Vaccination in Bombay 1874-1876 - 1874-1876
Year: 1874
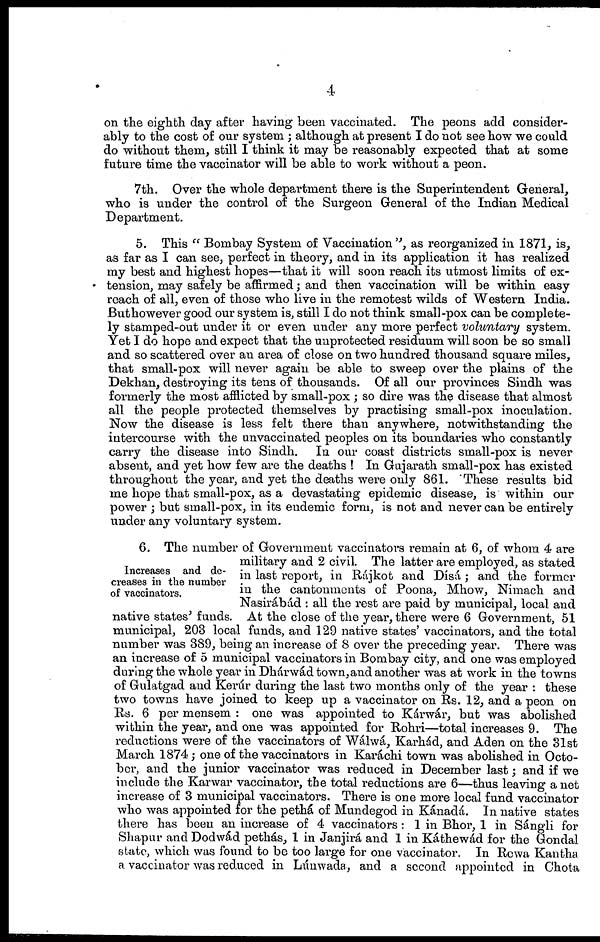
4
on the eighth day after having been vaccinated. The peons add consider-
ably to the cost of our system ; although at present I do not see how we could
do without them, still I think it may be reasonably expected that at some
future time the vaccinator will be able to work without a peon.
7th. Over the whole department there is the Superintendent General,
who is under the control of the Surgeon General of the Indian Medical
Department.
5. This " Bombay System of Vaccination ", as reorganized in 1871, is,
as far as I can see, perfect in theory, and in its application it has realized
my best and highest hopes—that it will soon reach its utmost limits of ex-
tension, may safely be affirmed; and then vaccination will be within easy
reach of all, even of those who live in the remotest wilds of Western India.
Buthowever good our system is, still I do not think small-pox can be complete-
ly stamped-out under it or even under any more perfect voluntary system.
Yet I do hope and expect that the unprotected residuum will soon be so small
and so scattered over an area of close on two hundred thousand square miles,
that small-pox will never again be able to sweep over the plains of the
Dekhan, destroying its tens of thousands. Of all our provinces Sindh was
formerly the most afflicted by small-pox ; so dire was the disease that almost
all the people protected themselves by practising small-pox inoculation.
Now the disease is less felt there than anywhere, notwithstanding the
intercourse with the unvaccinated peoples on its boundaries who constantly
carry the disease into Sindh. In our coast districts small-pox is never
absent, and yet how few are the deaths ! In Gujarath small-pox has existed
throughout the year, and yet the deaths were only 861. These results bid
me hope that small-pox, as a devastating epidemic disease, is within our
power ; but small-pox, in its endemic form, is not and never can be entirely
under any voluntary system.
Increases and de-
creases in the number
of vaccinators.
6. The number of Government vaccinators remain at 6, of whom 4 are
military and 2 civil. The latter are employed, as stated
in last report, in Rájkot and Dísá; and the former
in the cantonments of Poona, Mhow, Nimach and
Nasirábád : all the rest are paid by municipal, local and
native states' funds. At the close of the year, there were 6 Government, 51
municipal, 203 local funds, and 129 native states' vaccinators, and the total
number was 389, being an increase of 8 over the preceding year. There was
an increase of 5 municipal vaccinators in Bombay city, and one was employed
during the whole year in Dhárwád town, and another was at work in the towns
of Gulatgad and Kerúr during the last two months only of the year : these
two towns have joined to keep up a vaccinator on Rs. 12, and a peon on
Rs. 6 per mensem : one was appointed to Kárwár, but was abolished
within the year, and one was appointed for Rohri—total increases 9. The
reductions were of the vaccinators of Wálwá, Karhád, and Aden on the 31st
March 1874; one of the vaccinators in Karáchi town was abolished in Octo-
ber, and the junior vaccinator was reduced in December last; and if we
include the Karwar vaccinator, the total reductions are 6—thus leaving a net
increase of 3 municipal vaccinators. There is one more local fund vaccinator
who was appointed for the pethá of Mundegod in Kánadá. In native states
there has been an increase of 4 vaccinators: 1 in Bhor, 1 in Sángli for
Shapur and Dodwád pethás, 1 in Janjirá and 1 in Káthewád for the Gondal
state, which was found to be too large for one vaccinator. In Rewa Kantha
a vaccinator was reduced in Lúnwada, and a second appointed in Chota